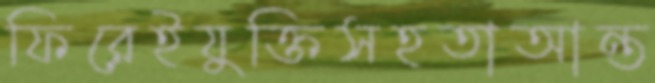
ফিরেইযুক্তিসহতাআন্ত